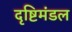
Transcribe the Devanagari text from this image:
दृष्टिमंडल